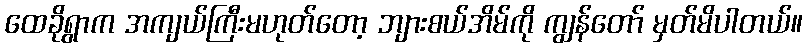
ထေခိုရွာက အကျယ်ကြီးမဟုတ်တော့ ဘျားစယ်အိမ်ကို ကျွန်တော် မှတ်မိပါတယ်။